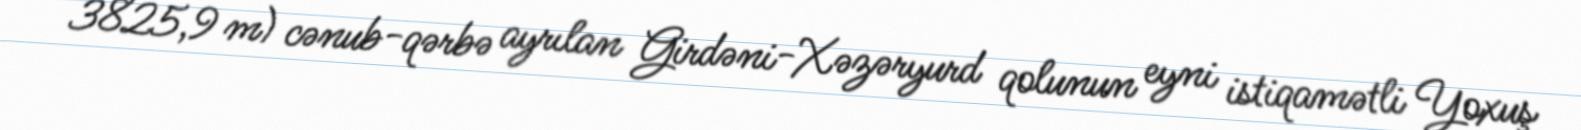
3825,9 m) cənub-qərbə ayrılan Girdəni-Xəzəryurd qolunun eyni istiqamətli Yoxuş